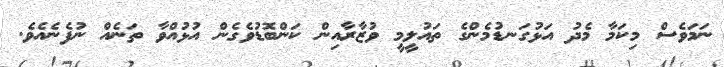
ނަމަވެސް މިކަމާ މެދު އަޅުގަނޑުމެންގެ ތައުލީމީ ވުޒާރާއިން ކަންބޮޑުވެގެން އުޅުއްވާ ތަނެއް ނުފެނެއެވެ.